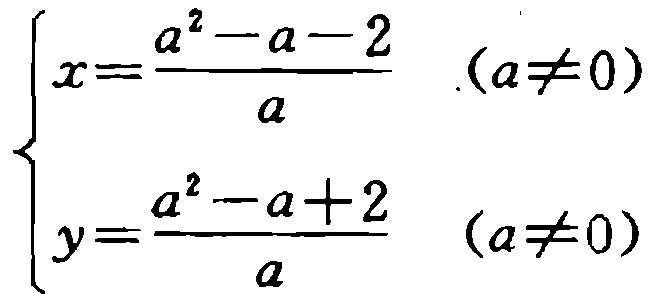
\[\begin{cases}
x=\dfrac{a^{2}-a - 2}{a}&(a\neq0)\\
y=\dfrac{a^{2}-a + 2}{a}&(a\neq0)
\end{cases}\]